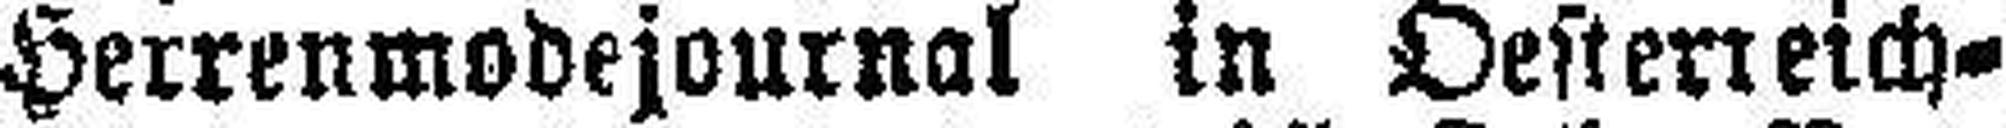
Herrenmodejournal in Oesterreich=